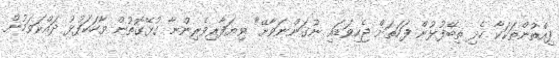
ފިއްތުންތަކަކާ ހެދި ތިބޭފުޅުން ފަހަތަށް ޖެހިވަޑައި ނުގަންނަވާށޭ" ވިޔަފާރިވެރިންނާ ގުޅޭގޮތުން ވާހަކަފުޅު ދައްކަވަމުން